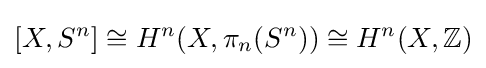
[X,S^{n}]\cong H^{n}(X,\pi _{n}(S^{n}))\cong H^{n}(X,\mathbb {Z} )